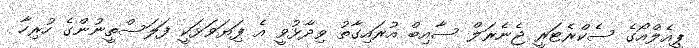
ޕީއެލްއޯގެ ސެކްރެޓަރީ ޖެނެރަލް ސާއިބް އުރައިގާތު ވިދާޅުވީ އެ ފަިޔަވަޅަކީ ފަލަސްތީނުންގެ ހުރިހާ